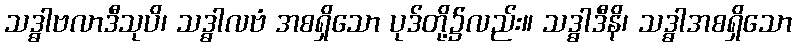
သဒ္ဓာဗလာဒီသုပိ၊ သဒ္ဓာလဗံ အစရှိသော ပုဒ်တို့၌လည်း။ သဒ္ဓာဒီနိ၊ သဒ္ဓာအစရှိသော